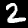
Label: 2